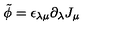
\tilde { \phi } = \epsilon _ { \lambda \mu } \partial _ { \lambda } J _ { \mu }